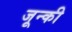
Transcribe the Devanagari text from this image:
जून्की